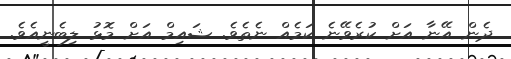
ދެން އޭނާ އަށް ކުރެވޭނެ ކަމެއް ނެތެވެ. ޝައިމް އަށް މޮޅު ލިބެނީއެވެ.